Calcutta medical institutions reports 1871-78
Year: 1871
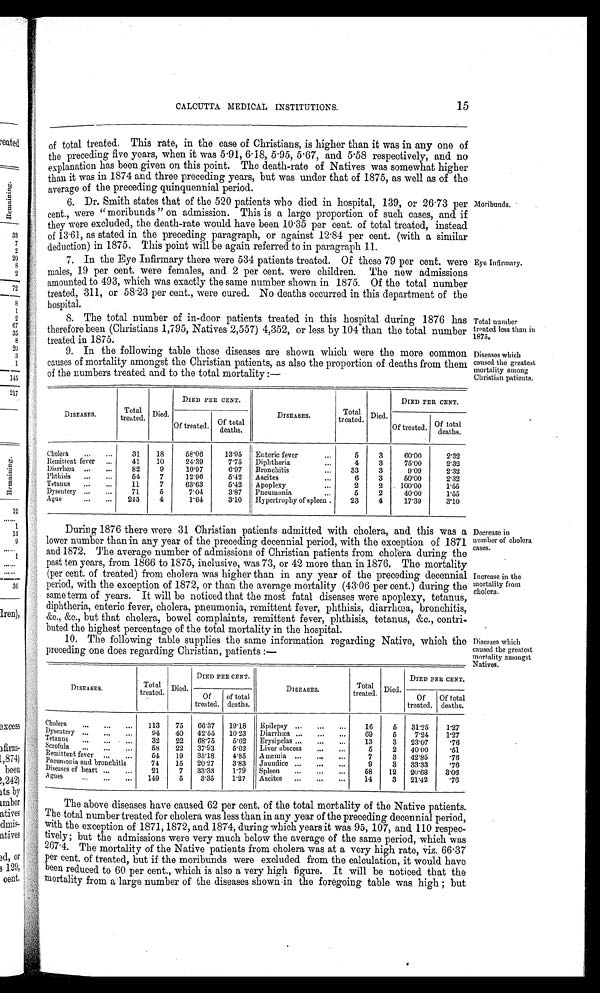
CALCUTTA MEDICAL INSTITUTIONS.
15
of total treated. This rate, in the ease of Christians, is higher than it was in any one of
the preceding five years, when it was 5 . 91, 6·18, 5·95, 5 . 67, and 5 . 58 respectively, and no
explanation has been given on this point. The death-rate of Natives was somewhat higher
than it was in 1874 and three preceding years, but was under that of 1875, as well as of the
average of the preceding quinquennial period.
6. Dr. Smith states that of the 520 patients who died in hospital, 139, or 26·73 per
cent., were " raoribunds " on admission. This is a large proportion of such cases, and if
they were excluded, the death-rate would have been 10'35 per cent. of total treated, instead
of 13·61, as stated in the preceding paragraph, or against 12 . 84 per cent. (with a similar
deduction) in 1875. This point will be again referred to in paragraph 11.
7. In the Eye Infirmary there were 534 patients treated. Of these 79 per cent. were
males, 19 per cent. were females, and 2 per cent. were children. The new admissions
amounted to 493, which was exactly the same number shown in 1875. Of the total number
treated, 311, or 58 . 23 per cent., were cured. No deaths occurred in this department of the
hospital.
8. The total number of in-door patients treated in this hospital during 1876 has
therefore been (Christians 1,795, Natives 2,557) 4,352, or less by 104 than the total number
treated in 1875.
9. In the following table those diseases are shown which were the more common
causes of mortality amongst the Christian patients, as also the proportion of deaths from them
of the numbers treated and to the total mortality :—
DISEASES.
Total
treated.
Died.
DIED PER CENT.
DISEASES.
Total
treated.
Died.
DIED PER CENT.
Of treated.
total
Of
l
deaths.
Of treated. tre t d Of total
deaths.
Cholera
...
. . .
31
18
58·06
13·95
Enteric fever...
3
60'00
2'32
Remittent fever
...
41
10
24·39
7.75
Diphtheria
...
4
3
75'00
2·32
Diarrhcea . . .
. . .
82
9
10·97
6·97
Bronchitis
...
33
3
9'09
2'32
Phthisis
...
...
54
7
12·96
5·12
Ascites...
3
50'00
2'32
Tetanus
...
...
11
7
63·63
5·42
Apoplexy
...
2
2
100'00
1·55
Dysentery ...
...
71
6
7·04
3·87
Pneumonia
5
2
40'00
1'55
Ague
...
...
213
4
1·64
3·10
Hypertrophy of spleen .
23
4
17'39
3,10
Moribunds.
Eye Infirmary.
Total number
treated less than in
1875.
Diseases which
caused the greatest
mortality among
Christian patients.
During 1876 there were 31 Christian patients admitted with cholera, and this was a
lower number than in any year of the preceding decennial period, with the exception of 1871
and 1872. The average number of admissions of Christian patients from cholera during the
past ten years, from 1866 to 1875, inclusive, was 73, or 42 more than in 1876. The mortality
(per cent. of treated) from cholera was higher than in any year of the preceding decennial
period, with the exception of 1872, or than the average mortality (43·06 per cent.) during the
same term of years. It will be noticed that the most fatal diseases were apoplexy, tetanus,
diphtheria, enteric fever, cholera, pneumonia, remittent fever, phthisis, diarrhoea, bronchitis,
&c., &c., but that cholera, bowel complaints, remittent fever, phthisis, tetanus, &c., contrio
buted the highest percentage of the total mortality in the hospital.
10. The following table supplies the same information regarding Native, which the
preceding one does regarding Christian, patients :—
DISEASES.
Died.
Total
treated.
DIED PER CENT.
DISEASES.
Total
treated.
Died.
DIED PER CENT.
Of
treated.
of total
deaths.
Of
treated.
Of total
deaths.
Cholera
113
75
66'37
19'18
Epilepsy ..„..
...
16
5
31'25
1'27
Dysentery ...
...
94
40
42'55
1023
Diarrhoea ...
...
...
69
5
7'24
l'27
Tetanus
...
...
32
22
68'75
5'62
Erysipelas ...
...
...
13
3
23'07
'76
Scrofula
55
22
37'93
5'02
Liver abscess
...
5
2
40'00
'51
Remittent fever
54
19
35'18
4.85
A nmmia
..,
7
3
42'85
16
P neumonia and bronchitis
74
15
20'27
3'83
Jaundice ...
...
..
9
3
33'33
'76
Diseases of heart —
...
21
7
33·33
1·79
Spleen
...
...
...
58
12
20'68
3'06
Agues
149
3'35
1'27
Ascites
...
...
...
14
3
2P42
16
Decrease in
number of cholera
cases.
Increase in the
mortality from
cholera.
Diseases which
caused the greatest
mortality amongst
Natives.
The above diseases have caused 62 per cent, of the total mortality of the Native patients.
The total number treated for cholera was less than in any year of the preceding decennial period,
with the exception of 1871, 1872, and 1874, during which years it was 95, 107, and 110 respec-
tively; but the admissions were very much below the average of the same period, which was
267. 4. The mortality of the Native patients from cholera was at a very high rate, viz. 66.37
per cent. of treated, but if the moribunds were excluded from the calculation, it would have
been reduced to 60 per cent., which is also a very high figure. It will be noticed that the
mortality from a large number of the diseases shown in the foregoing table was high ; but